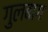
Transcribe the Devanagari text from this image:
गुलबाग